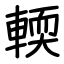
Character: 輭